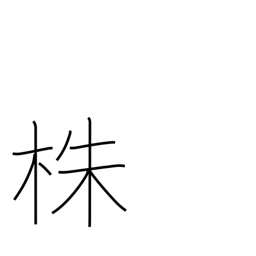
Meaning: stump